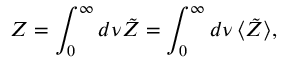
Z = \int _ { 0 } ^ { \infty } d \nu \tilde { Z } = \int _ { 0 } ^ { \infty } d \nu \, \langle \tilde { Z } \rangle ,